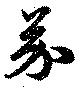
芥